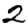
Digit: 2